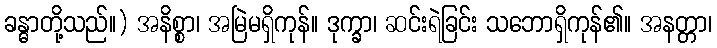
ခန္ဓာတို့သည်။) အနိစ္စာ၊ အမြဲမရှိကုန်။ ဒုက္ခာ၊ ဆင်းရဲခြင်း သဘောရှိကုန်၏။ အနတ္တာ၊